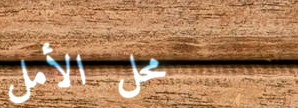
محل الأمل